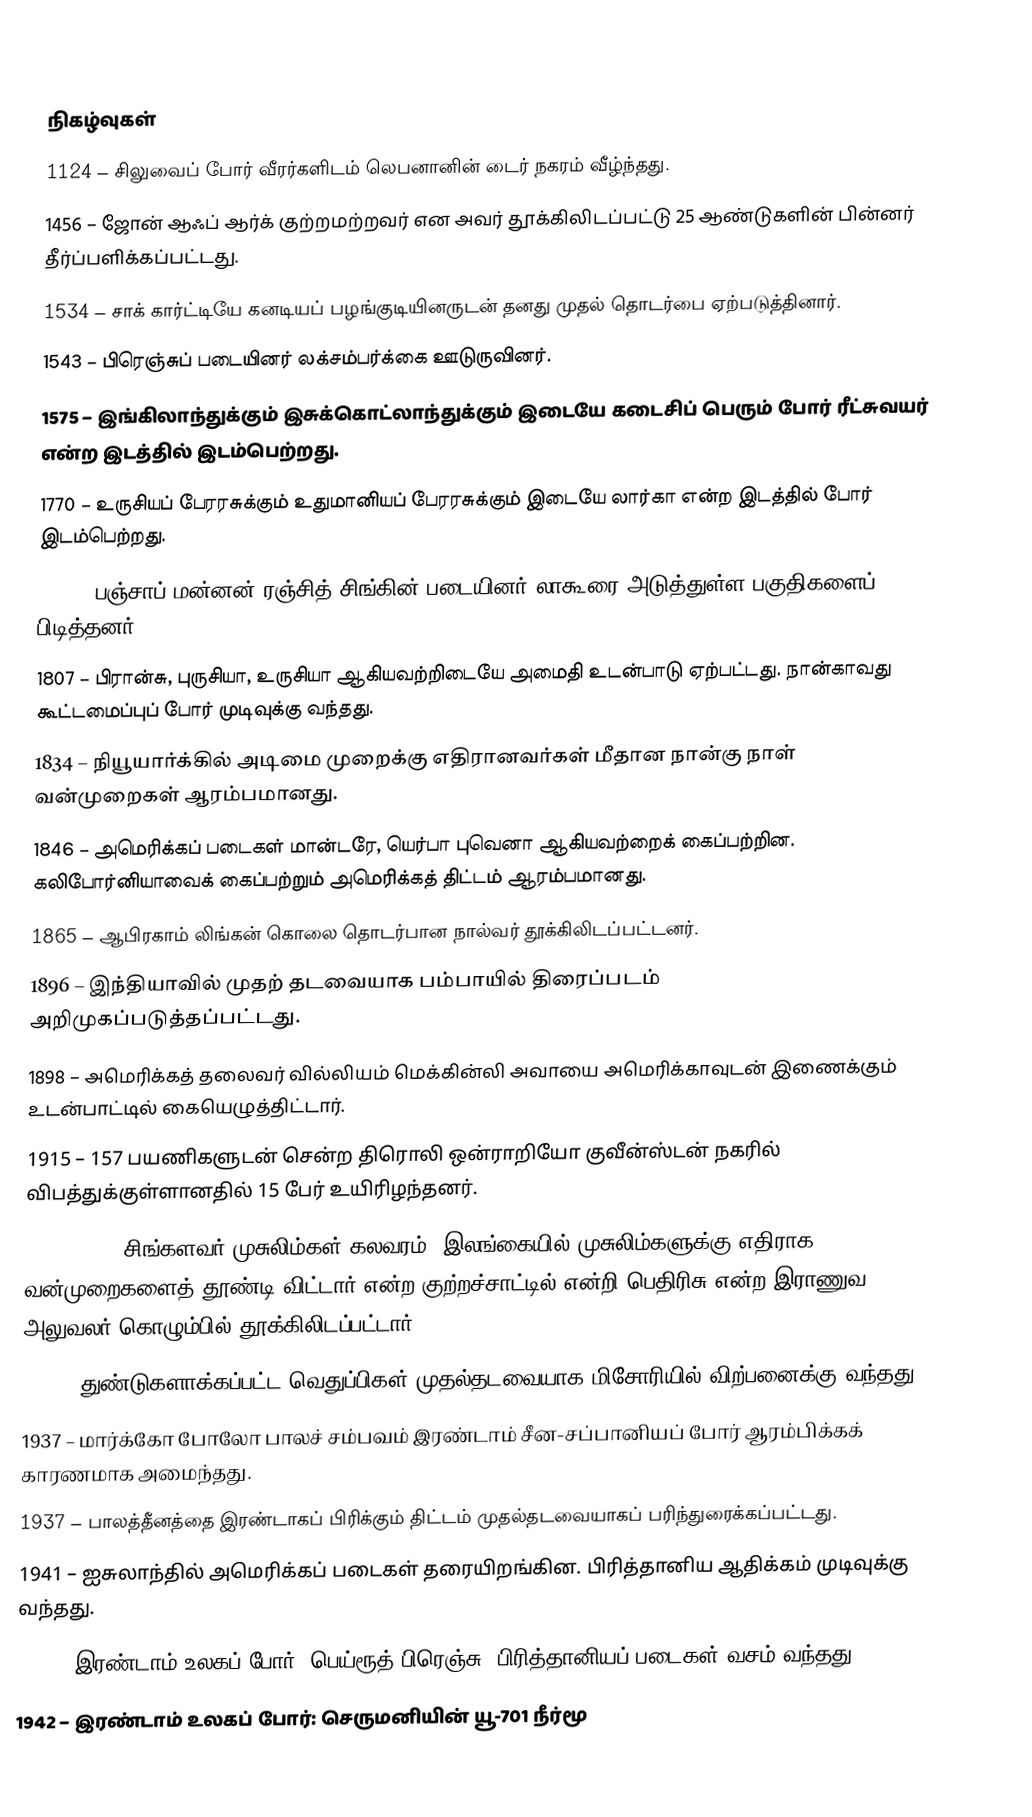

நிகழ்வுகள்
1124 – சிலுவைப் போர் வீரர்களிடம் லெபனானின் டைர் நகரம் வீழ்ந்தது.
1456 – ஜோன் ஆஃப் ஆர்க் குற்றமற்றவர் என அவர் தூக்கிலிடப்பட்டு 25 ஆண்டுகளின் பின்னர் தீர்ப்பளிக்கப்பட்டது.
1534 – சாக் கார்ட்டியே கனடியப் பழங்குடியினருடன் தனது முதல் தொடர்பை ஏற்படுத்தினார்.
1543 – பிரெஞ்சுப் படையினர் லக்சம்பர்க்கை ஊடுருவினர்.
1575 – இங்கிலாந்துக்கும் இசுக்கொட்லாந்துக்கும் இடையே கடைசிப் பெரும் போர் ரீட்சுவயர் என்ற இடத்தில் இடம்பெற்றது.
1770 – உருசியப் பேரரசுக்கும் உதுமானியப் பேரரசுக்கும் இடையே லார்கா என்ற இடத்தில் போர் இடம்பெற்றது.
1799 – பஞ்சாப் மன்னன் ரஞ்சித் சிங்கின் படையினர் லாகூரை அடுத்துள்ள பகுதிகளைப் பிடித்தனர்.
1807 – பிரான்சு, புருசியா, உருசியா ஆகியவற்றிடையே அமைதி உடன்பாடு ஏற்பட்டது. நான்காவது கூட்டமைப்புப் போர் முடிவுக்கு வந்தது.
1834 – நியூயார்க்கில் அடிமை முறைக்கு எதிரானவர்கள் மீதான நான்கு நாள் வன்முறைகள் ஆரம்பமானது.
1846 – அமெரிக்கப் படைகள் மான்டரே, யெர்பா புவெனா ஆகியவற்றைக் கைப்பற்றின. கலிபோர்னியாவைக் கைப்பற்றும் அமெரிக்கத் திட்டம் ஆரம்பமானது.
1865 – ஆபிரகாம் லிங்கன் கொலை தொடர்பான நால்வர் தூக்கிலிடப்பட்டனர்.
1896 – இந்தியாவில் முதற் தடவையாக பம்பாயில் திரைப்படம் அறிமுகப்படுத்தப்பட்டது.
1898 – அமெரிக்கத் தலைவர் வில்லியம் மெக்கின்லி அவாயை அமெரிக்காவுடன் இணைக்கும் உடன்பாட்டில் கையெழுத்திட்டார்.
1915 – 157 பயணிகளுடன் சென்ற திரொலி ஒன்ராறியோ குவீன்ஸ்டன் நகரில் விபத்துக்குள்ளானதில் 15 பேர் உயிரிழந்தனர்.
1915 – 1915 சிங்களவர் முசுலிம்கள் கலவரம்: இலங்கையில் முசுலிம்களுக்கு எதிராக வன்முறைகளைத் தூண்டி விட்டார் என்ற குற்றச்சாட்டில் என்றி பெதிரிசு என்ற இராணுவ அலுவலர் கொழும்பில் தூக்கிலிடப்பட்டார்.
1928 – துண்டுகளாக்கப்பட்ட வெதுப்பிகள் முதல்தடவையாக மிசோரியில் விற்பனைக்கு வந்தது.
1937 – மார்க்கோ போலோ பாலச் சம்பவம் இரண்டாம் சீன-சப்பானியப் போர் ஆரம்பிக்கக் காரணமாக அமைந்தது.
1937 – பாலத்தீனத்தை இரண்டாகப் பிரிக்கும் திட்டம் முதல்தடவையாகப் பரிந்துரைக்கப்பட்டது.
1941 – ஐசுலாந்தில் அமெரிக்கப் படைகள் தரையிறங்கின. பிரித்தானிய ஆதிக்கம் முடிவுக்கு வந்தது.
1941 – இரண்டாம் உலகப் போர்: பெய்ரூத் பிரெஞ்சு, பிரித்தானியப் படைகள் வசம் வந்தது.
1942 – இரண்டாம் உலகப் போர்: செருமனியின் யூ-701 நீர்மூ